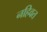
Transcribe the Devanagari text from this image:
नहिवत